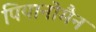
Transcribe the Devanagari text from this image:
पियानोमैन